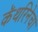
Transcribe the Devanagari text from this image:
कॅथरिनेचा